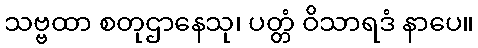
သဗ္ဗထာ စတုဌာနေသု၊ ပတ္တံ ဝိသာရဒံ နာပေ။